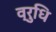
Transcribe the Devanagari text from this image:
व्रुधि